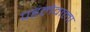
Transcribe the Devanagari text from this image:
पहलेवाला